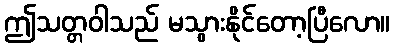
ဤသတ္တဝါသည် မသွားနိုင်တော့ပြီလော။